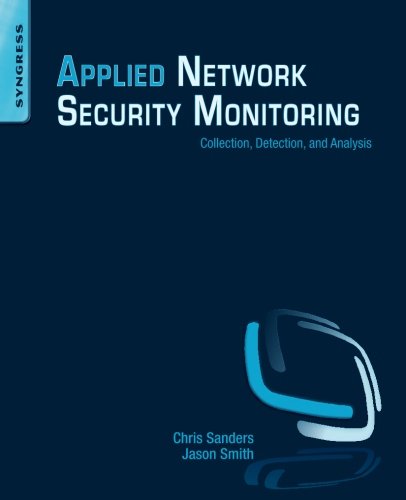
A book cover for Applied Network Security Monitoring: Collection, Detection, and Analysis; Chris Sanders; Computers & Technology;